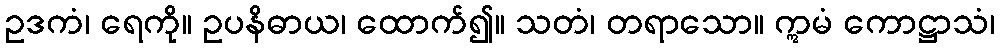
ဥဒကံ၊ ရေကို။ ဥပနိဓာယ၊ ထောက်၍။ သတံ၊ တရာသော။ ဣမံ ကောဋ္ဌာသံ၊